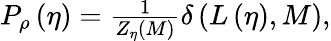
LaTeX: \begin{array}{r}{P_{\rho}\left(\eta\right)=\frac{1}{Z_{\eta}\left(M\right)}\delta\left(L\left(\eta\right),M\right),}\end{array}